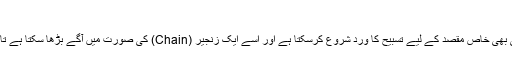
تسبیحات کی عالمی زنجیر
یہ ایک ایسا منفرد فیچر ہے جس کی مدد سے کوئی بھی فرد کسی بھی خاص مقصد کے لیے تسبیح کا ورد شروع کرسکتا ہے اور اسے ایک زنجیر (Chain) کی صورت میں آگے بڑھا سکتا ہے تاکہ دیگر لوگ بھی ذکر و تسبیح کی اس زنجیر کا حصہ بن سکیں۔